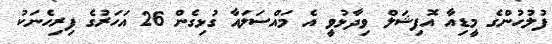
ފުލުހުންގެ މީޑިއާ އޮފިޝަލް ވިދާޅުވީ އެ މައްސަލައާ ގުޅިގެން 26 އަހަރުގެ ފިރިހެނަކު